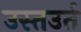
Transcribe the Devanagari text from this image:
उस्तउर्त